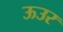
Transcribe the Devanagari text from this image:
ऊउर